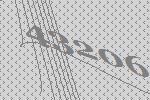
43206